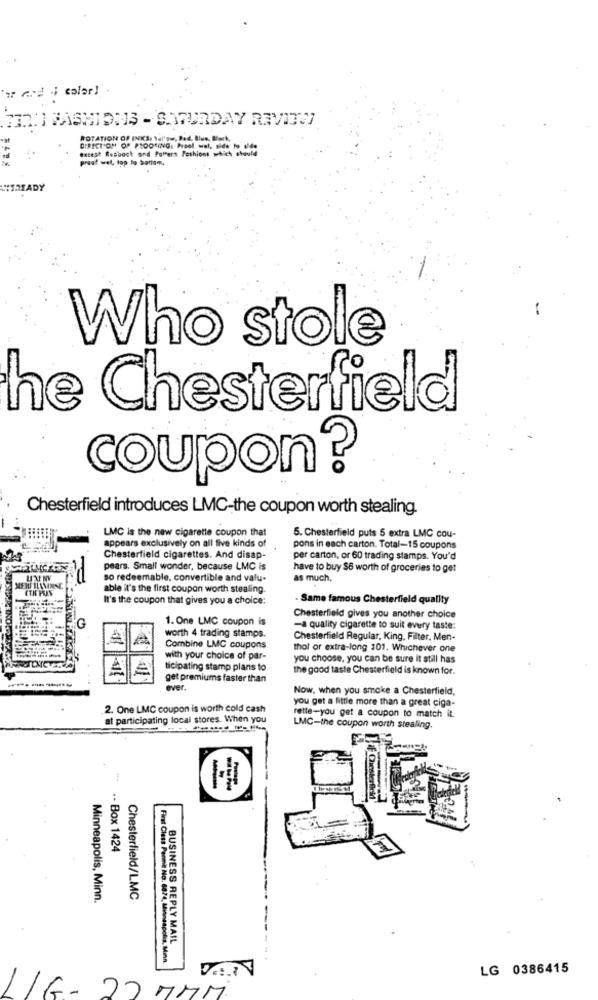
THX: FASHIONS - S.WURDAY RAVITEI
ROTATION OF INKS: Yal'gur, Bed, Blus, Black,
DIRECTION OF PROOFING: Prael, wel, side to M'de
tetest Resback and Poffert Fashions which should
praat wel, top to bottom.
ZADY
Who stole
he Chesterfield
coupon?
Chesterfield introduces LMC-the coupon worth stealing.
LMC is the new cigarette coupon that
appears exclusively on all five kinds of
5. Chesterfield puts 5 extra LMC cou-
pons in each carton. Total-15 coupons
Chesterfield cigarettes. And disap-
per carton, or 60 trading stamps. You'd
pears. Small wonder, because LMC is
have to buy $6 worth of groceries to get
so redeemable, convertible and valu-
as much,
able it's the first coupon worth stealing.
It's the coupon that gives you a choice:
Same famous Chesterfield quality
G
1. One LMC coupon is
Chesterfield gives you another choice
worth 4 trading stamps.
-a quality cigarette to suit every taste:
Chesterfield Regular, King, Filter, Men-
Combine LMC coupons
thol or extra-long 101. Whichever one
with your choice of par-
you choose, you can be sure it still has
ticipating stamp plans to
the good taste Chesterfield is known for.
get premiums faster than
ever.
Now, when you smoke a Chesterfield,
you get a little more than a great ciga-
2. One LMC coupon is worth cold cash
rette-you get a coupon to match it.
at participating local stores. When you
LMC-the coupon worth stealing.
.- Box 1424
Minneapolis, Minn.
Chesterfield/LMC
BUSINESS REPLY MAIL
First Class Permil No. 8874, Mineapolis, Minn.
LG 0386415
MMM